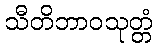
သီတိဘာဝသုတ္တံ